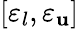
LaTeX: [\varepsilon_{l},\varepsilon_{\mathbf{u}}]